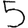
Digit: 5